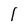
Character: 1